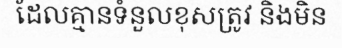
ដែលគ្មានទំនួលខុសត្រូវ និងមិន